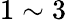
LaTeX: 1\sim 3